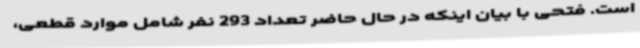
است. فتحی با بیان اینکه در حال حاضر تعداد 293 نفر شامل موارد قطعی،